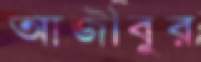
আজীবুর